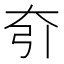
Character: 𡗵